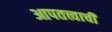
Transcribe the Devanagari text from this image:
आपतत्त्वाची